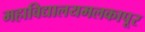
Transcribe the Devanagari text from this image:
महाविद्यालयमलकापूर